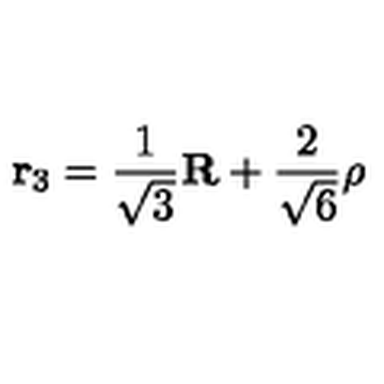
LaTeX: { \bf r } _ { 3 } = \frac { 1 } { \sqrt { 3 } } { \bf R } + \frac { 2 } { \sqrt { 6 } } \mathrm { \boldmath \rho }